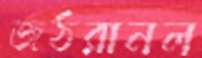
জঠরানল